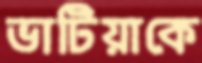
ভাটিয়াকে